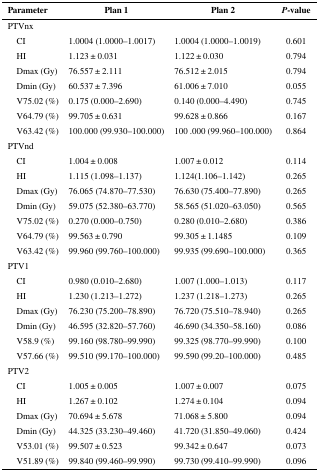
<table><thead><tr><td><b>Parameter</b></td><td><b>Plan 1</b></td><td><b>Plan 2</b></td><td><b><i>P</i>-value</b></td></tr></thead><tbody><tr><td>PTVnx</td><td></td><td></td><td></td></tr><tr><td> CI</td><td>1.0004 (1.0000–1.0017)</td><td>1.0004 (1.0000–1.0019)</td><td>0.601</td></tr><tr><td> HI</td><td>1.123 ± 0.031</td><td>1.122 ± 0.030</td><td>0.794</td></tr><tr><td> Dmax (Gy)</td><td>76.557 ± 2.111</td><td>76.512 ± 2.015</td><td>0.794</td></tr><tr><td> Dmin (Gy)</td><td>60.537 ± 7.396</td><td>61.006 ± 7.010</td><td>0.055</td></tr><tr><td> V75.02 (%)</td><td>0.175 (0.000–2.690)</td><td>0.140 (0.000–4.490)</td><td>0.745</td></tr><tr><td> V64.79 (%)</td><td>99.705 ± 0.631</td><td>99.628 ± 0.866</td><td>0.167</td></tr><tr><td> V63.42 (%)</td><td>100.000 (99.930–100.000)</td><td>100 .000 (99.960–100.000)</td><td>0.864</td></tr><tr><td>PTVnd</td><td></td><td></td><td></td></tr><tr><td> CI</td><td>1.004 ± 0.008</td><td>1.007 ± 0.012</td><td>0.114</td></tr><tr><td> HI</td><td>1.115 (1.098–1.137)</td><td>1.124(1.106–1.142)</td><td>0.265</td></tr><tr><td> Dmax (Gy)</td><td>76.065 (74.870–77.530)</td><td>76.630 (75.400–77.890)</td><td>0.265</td></tr><tr><td> Dmin (Gy)</td><td>59.075 (52.380–63.770)</td><td>58.565 (51.020–63.050)</td><td>0.565</td></tr><tr><td> V75.02 (%)</td><td>0.270 (0.000–0.750)</td><td>0.280 (0.010–2.680)</td><td>0.386</td></tr><tr><td> V64.79 (%)</td><td>99.563 ± 0.790</td><td>99.305 ± 1.1485</td><td>0.109</td></tr><tr><td> V63.42 (%)</td><td>99.960 (99.760–100.000)</td><td>99.935 (99.690–100.000)</td><td>0.365</td></tr><tr><td>PTV1</td><td></td><td></td><td></td></tr><tr><td> CI</td><td>0.980 (0.010–2.680)</td><td>1.007 (1.000–1.013)</td><td>0.117</td></tr><tr><td> HI</td><td>1.230 (1.213–1.272)</td><td>1.237 (1.218–1.273)</td><td>0.265</td></tr><tr><td> Dmax (Gy)</td><td>76.230 (75.200–78.890)</td><td>76.720 (75.510–78.940)</td><td>0.265</td></tr><tr><td> Dmin (Gy)</td><td>46.595 (32.820–57.760)</td><td>46.690 (34.350–58.160)</td><td>0.086</td></tr><tr><td> V58.9 (%)</td><td>99.160 (98.780–99.990)</td><td>99.325 (98.770–99.990)</td><td>0.100</td></tr><tr><td> V57.66 (%)</td><td>99.510 (99.170–100.000)</td><td>99.590 (99.20–100.000)</td><td>0.485</td></tr><tr><td>PTV2</td><td></td><td></td><td></td></tr><tr><td> CI</td><td>1.005 ± 0.005</td><td>1.007 ± 0.007</td><td>0.075</td></tr><tr><td> HI</td><td>1.267 ± 0.102</td><td>1.274 ± 0.104</td><td>0.094</td></tr><tr><td> Dmax (Gy)</td><td>70.694 ± 5.678</td><td>71.068 ± 5.800</td><td>0.094</td></tr><tr><td> Dmin (Gy)</td><td>44.325 (33.230–49.460)</td><td>41.720 (31.850–49.060)</td><td>0.424</td></tr><tr><td> V53.01 (%)</td><td>99.507 ± 0.523</td><td>99.342 ± 0.647</td><td>0.073</td></tr><tr><td> V51.89 (%)</td><td>99.840 (99.460–99.990)</td><td>99.730 (99.410–99.990)</td><td>0.096</td></tr></tbody></table>